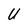
Character: U